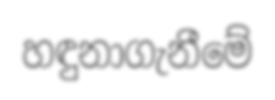
හඳුනාගැනීමේ